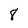
Character: 8